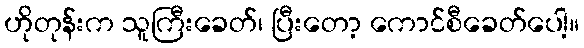
ဟိုတုန်းက သူကြီးခေတ်၊ ပြီးတော့ ကောင်စီခေတ်ပေါ့။